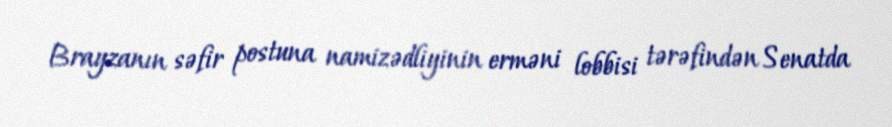
Brayzanın səfir postuna namizədliyinin erməni lobbisi tərəfindən Senatda